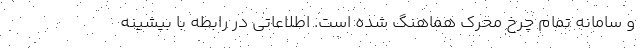
و سامانه تمام چرخ محرک هماهنگ شده است. اطلاعاتی در رابطه با بیشینه